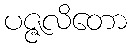
ပဇ္ဇလိတော